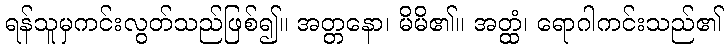
ရန်သူမှကင်းလွတ်သည်ဖြစ်၍။ အတ္တနော၊ မိမိ၏။ အတ္ထံ၊ ရောဂါကင်းသည်၏